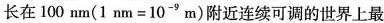
长在100nm($$1 n m = 1 0 ^ { - 9 } m$$)附近连续可调的世界上最